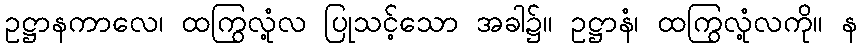
ဥဋ္ဌာနကာလေ၊ ထကြွလုံ့လ ပြုသင့်သော အခါ၌။ ဥဋ္ဌာနံ၊ ထကြွလုံ့လကို။ န